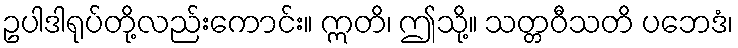
ဥပါဒါရုပ်တို့လည်းကောင်း။ ဣတိ၊ ဤသို့။ သတ္တဝီသတိ ပဘေဒံ၊